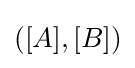
([A],[B])